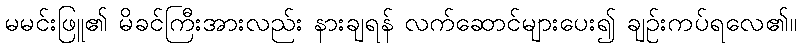
မမင်းဖြူ၏ မိခင်ကြီးအားလည်း နားချရန် လက်ဆောင်များပေး၍ ချဉ်းကပ်ရလေ၏။